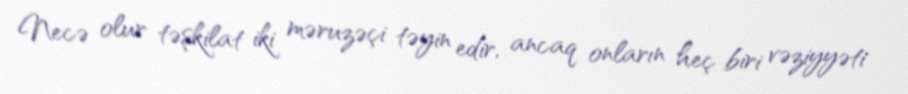
Necə olur təşkilat iki məruzəçi təyin edir, ancaq onların heç biri vəziyyəti